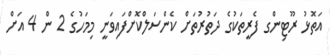
އަތޮޅު ރޫޓިންގ ފެރީތަކުގެ ދަތުރުތަށް ކެންސަލްކޮށްފައިވަނީ މިމަހުގެ 2 ން 4 އަށް